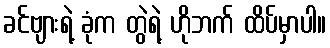
ခင်ဗျားရဲ့ ခုံက တွဲရဲ့ ဟိုဘက် ထိပ်မှာပါ။